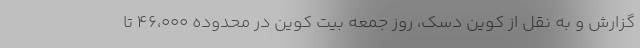
گزارش و به نقل از کوین دسک، روز جمعه بیت کوین در محدوده ۴۶،۰۰۰ تا